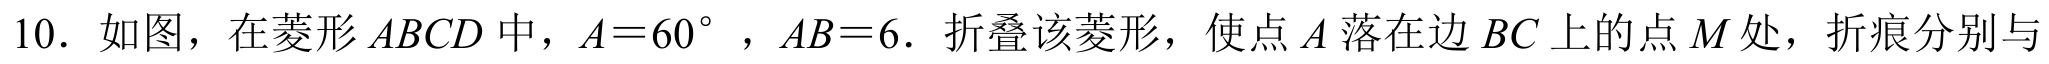
10. 如图，在菱形\(ABCD\)中，\(A = 60^{\circ}\)，\(AB = 6\)．折叠该菱形，使点\(A\)落在边\(BC\)上的点\(M\)处，折痕分别与